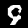
Label: 9